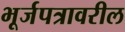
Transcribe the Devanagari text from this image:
भूर्जपत्रावरील